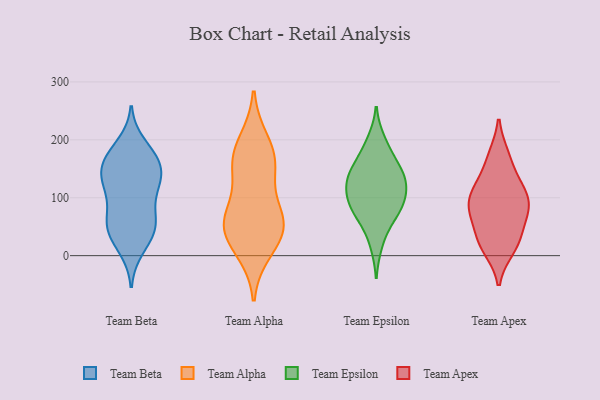
{"axis": {"x": "Headcount", "y": "Value"}, "legend": ["Team Alpha", "Team Apex", "Team Beta", "Team Epsilon"], "data": [{"x": "", "y": 130, "type": "Team Beta"}, {"x": "", "y": 118, "type": "Team Beta"}, {"x": "", "y": 176, "type": "Team Beta"}, {"x": "", "y": 116, "type": "Team Beta"}, {"x": "", "y": 49, "type": "Team Beta"}, {"x": "", "y": 50, "type": "Team Beta"}, {"x": "", "y": 120, "type": "Team Beta"}, {"x": "", "y": 168, "type": "Team Beta"}, {"x": "", "y": 23, "type": "Team Beta"}, {"x": "", "y": 192, "type": "Team Beta"}, {"x": "", "y": 12, "type": "Team Beta"}, {"x": "", "y": 87, "type": "Team Beta"}, {"x": "", "y": 144, "type": "Team Beta"}, {"x": "", "y": 165, "type": "Team Beta"}, {"x": "", "y": 158, "type": "Team Beta"}, {"x": "", "y": 53, "type": "Team Beta"}, {"x": "", "y": 55, "type": "Team Beta"}, {"x": "", "y": 147, "type": "Team Beta"}, {"x": "", "y": 57, "type": "Team Beta"}, {"x": "", "y": 48, "type": "Team Alpha"}, {"x": "", "y": 37, "type": "Team Alpha"}, {"x": "", "y": 163, "type": "Team Alpha"}, {"x": "", "y": 73, "type": "Team Alpha"}, {"x": "", "y": 164, "type": "Team Alpha"}, {"x": "", "y": 62, "type": "Team Alpha"}, {"x": "", "y": 149, "type": "Team Alpha"}, {"x": "", "y": 196, "type": "Team Alpha"}, {"x": "", "y": 10, "type": "Team Alpha"}, {"x": "", "y": 56, "type": "Team Alpha"}, {"x": "", "y": 151, "type": "Team Epsilon"}, {"x": "", "y": 74, "type": "Team Epsilon"}, {"x": "", "y": 87, "type": "Team Epsilon"}, {"x": "", "y": 96, "type": "Team Epsilon"}, {"x": "", "y": 97, "type": "Team Epsilon"}, {"x": "", "y": 125, "type": "Team Epsilon"}, {"x": "", "y": 77, "type": "Team Epsilon"}, {"x": "", "y": 114, "type": "Team Epsilon"}, {"x": "", "y": 185, "type": "Team Epsilon"}, {"x": "", "y": 55, "type": "Team Epsilon"}, {"x": "", "y": 199, "type": "Team Epsilon"}, {"x": "", "y": 19, "type": "Team Epsilon"}, {"x": "", "y": 145, "type": "Team Epsilon"}, {"x": "", "y": 132, "type": "Team Epsilon"}, {"x": "", "y": 156, "type": "Team Epsilon"}, {"x": "", "y": 128, "type": "Team Epsilon"}, {"x": "", "y": 80, "type": "Team Apex"}, {"x": "", "y": 80, "type": "Team Apex"}, {"x": "", "y": 121, "type": "Team Apex"}, {"x": "", "y": 70, "type": "Team Apex"}, {"x": "", "y": 132, "type": "Team Apex"}, {"x": "", "y": 12, "type": "Team Apex"}, {"x": "", "y": 171, "type": "Team Apex"}, {"x": "", "y": 173, "type": "Team Apex"}, {"x": "", "y": 90, "type": "Team Apex"}, {"x": "", "y": 28, "type": "Team Apex"}, {"x": "", "y": 29, "type": "Team Apex"}, {"x": "", "y": 47, "type": "Team Apex"}, {"x": "", "y": 98, "type": "Team Apex"}, {"x": "", "y": 91, "type": "Team Apex"}, {"x": "", "y": 11, "type": "Team Apex"}, {"x": "", "y": 117, "type": "Team Apex"}]}